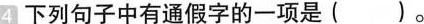
4 下列句子中有通假字的一项是（）。